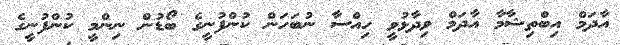
އާދަމް އިބްތިޝާމާ އާދަމް ވިދާޅުވީ ހިއްސާ ނުބަހަން ކުންފުނީގެ ބޯޑުން ނިންމީ ކުންފުނީގެ